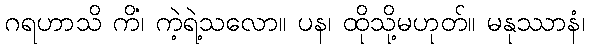
ဂရဟာသိ ကိံ၊ ကဲ့ရဲ့သလော။ ပန၊ ထိုသို့မဟုတ်။ မနုဿာနံ၊